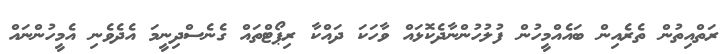
ރަތްއިތުން ތެރެއިން ބައެއްމީހުން ފުލުހުންނާދެކޮޅައް ވާހަކަ ދައްކާ ރިޕޯޓްތައް ގެނެސްދިނީމަ އެދެވެނި އެމީހުންނައް